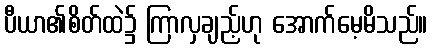
ပီယာ၏စိတ်ထဲ၌ ကြာလှချည့်ဟု အောက်မေ့မိသည်။